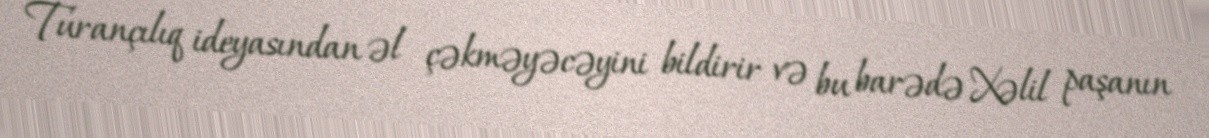
Turançılıq ideyasından əl çəkməyəcəyini bildirir və bu barədə Xəlil paşanın